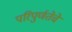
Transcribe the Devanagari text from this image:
परिपुर्णतेचे